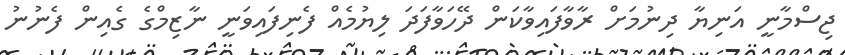
ޖިސްމާނީ އަނިޔާ ދިނުމަށް ރާވާފައިވާކަން ދޭހަވާފަދަ ލިޔުމެއް ފެނިފައިވަނީ ނާޒިމްގެ ގެއިން ފެނުނު